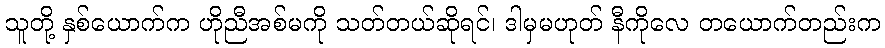
သူတို့ နှစ်ယောက်က ဟိုညီအစ်မကို သတ်တယ်ဆိုရင်၊ ဒါမှမဟုတ် နီကိုလေ တယောက်တည်းက